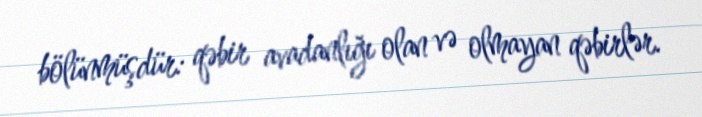
bölünmüşdür: qəbir avadanlığı olan və olmayan qəbirlər.